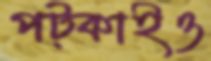
পট্‌কাইও